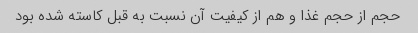
حجم از حجم غذا و هم از کیفیت آن نسبت به قبل کاسته شده بود